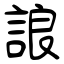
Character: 誏